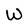
Character: W